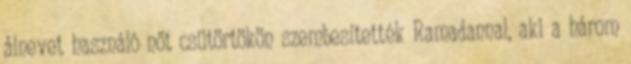
álnevet használó nőt csütörtökön szembesítették Ramadannal, aki a három